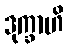
ဒုက္ခာဟိ